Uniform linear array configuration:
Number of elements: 64
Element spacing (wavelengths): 0.75
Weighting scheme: cosine
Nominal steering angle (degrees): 0
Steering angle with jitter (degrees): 1.861
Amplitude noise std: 0.05
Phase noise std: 0.05

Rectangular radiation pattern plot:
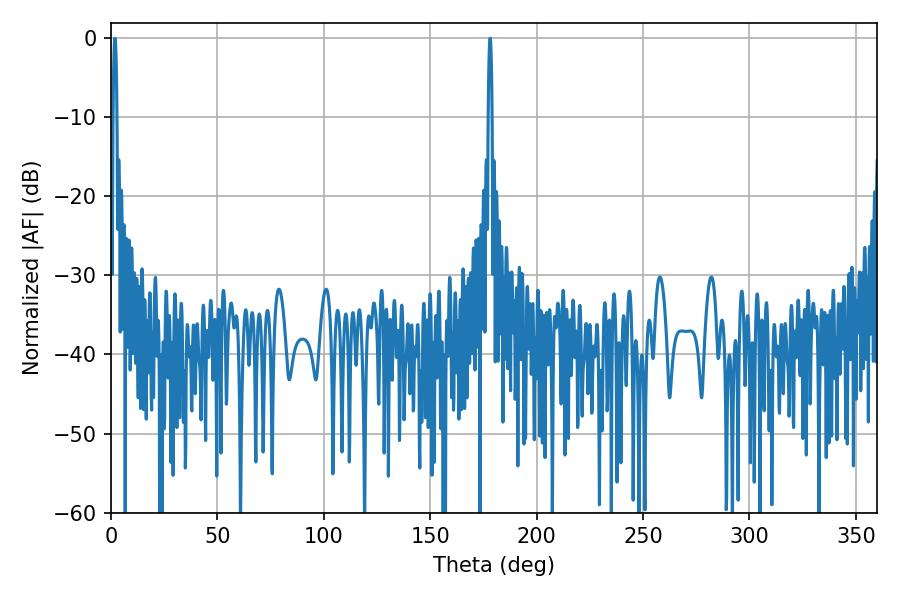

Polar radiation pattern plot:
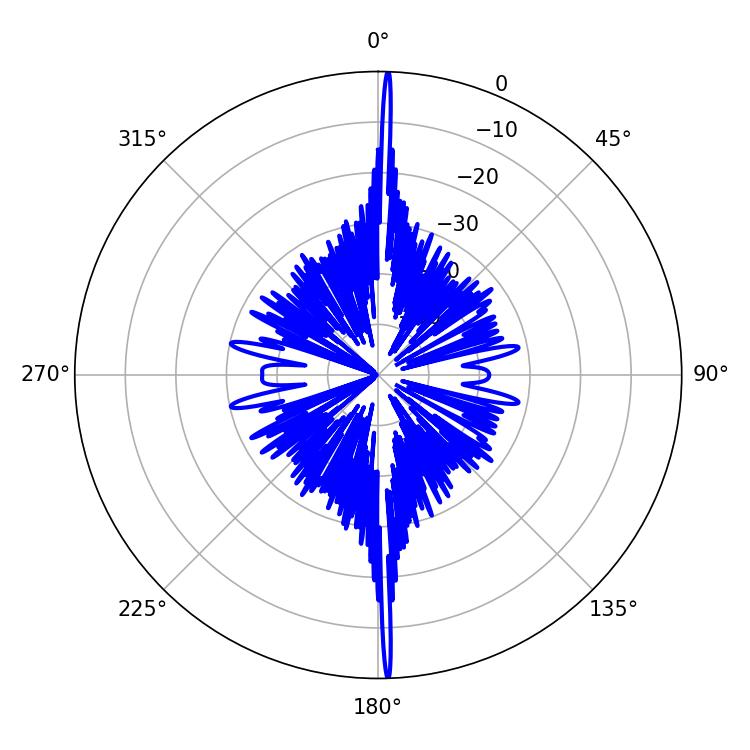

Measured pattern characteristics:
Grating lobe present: TRUE
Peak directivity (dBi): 31.701
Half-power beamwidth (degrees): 0.9
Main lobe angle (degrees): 1.8